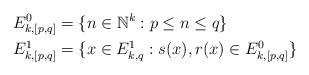
\begin{align*}&E_{k,[p,q]}^0 = \{ n \in \mathbb{N}^k : p \le n \le q\} \\&E_{k,[p,q]}^1 = \{ x \in E_{k,q}^1: s(x), r(x) \in E_{k,[p,q]}^0\}\end{align*}